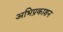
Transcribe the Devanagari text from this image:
अभिप्रकाशन